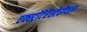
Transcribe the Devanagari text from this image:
एक्स्ट्रॉटेरेस्टेरीयल